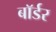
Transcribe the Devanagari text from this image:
बाॅर्डर